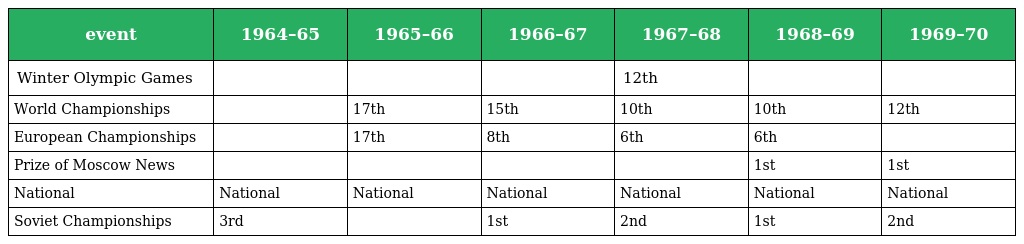
| event | 1964–65 | 1965–66 | 1966–67 | 1967–68 | 1968–69 | 1969–70 |
 | --- | --- | --- | --- | --- | --- | --- |
 | Winter Olympic Games |  |  |  | 12th |  |  |
 | World Championships |  | 17th | 15th | 10th | 10th | 12th |
 | European Championships |  | 17th | 8th | 6th | 6th |  |
 | Prize of Moscow News |  |  |  |  | 1st | 1st |
 | National | National | National | National | National | National | National |
 | Soviet Championships | 3rd |  | 1st | 2nd | 1st | 2nd |